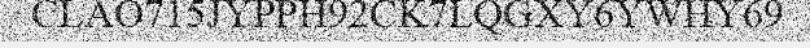
CLAO715JYPPH92CK7LQGXY6YWHY69